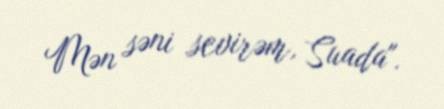
Mən səni sevirəm, Suada".